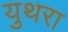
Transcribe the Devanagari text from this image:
युथरा